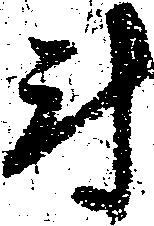
尉